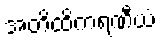
အတိထိကရဏီယံ